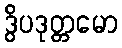
ဒွိပဒုတ္တမော